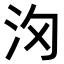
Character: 𣲢